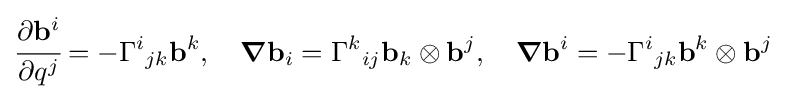
{\cfrac {\partial \mathbf {b} ^{i}}{\partial q^{j}}}=-\Gamma ^{i}{}_{jk}\mathbf {b} ^{k},\quad {\boldsymbol {\nabla }}\mathbf {b} _{i}=\Gamma ^{k}{}_{ij}\mathbf {b} _{k}\otimes \mathbf {b} ^{j},\quad {\boldsymbol {\nabla }}\mathbf {b} ^{i}=-\Gamma ^{i}{}_{jk}\mathbf {b} ^{k}\otimes \mathbf {b} ^{j}